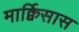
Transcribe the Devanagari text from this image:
मार्क्विसास